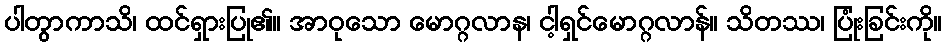
ပါတွာကာသိ၊ ထင်ရှားပြု၏။ အာဝုသော မောဂ္ဂလာန၊ ငါ့ရှင်မောဂ္ဂလာန်။ သိတဿ၊ ပြုံးခြင်းကို။